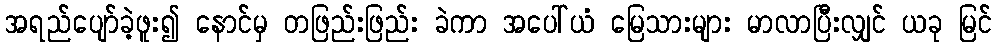
အရည်ပျော်ခဲ့ဖူး၍ နောင်မှ တဖြည်းဖြည်း ခဲကာ အပေါ်ယံ မြေသားများ မာလာပြီးလျှင် ယခု မြင်